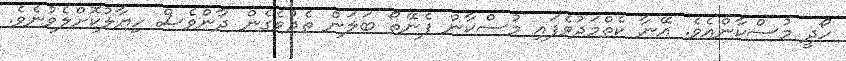
ހޯދީ މުސްކާންއެވެ. އޭނާ ކެތްމަދުވެފައި މުސްކާން ފެނޭތޯ ބަލަން ތެދުވެގެން ދާންވެސް ހިޔާލުކޮށްލެވުނެވެ.